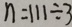
n = 1 1 1 \div 3